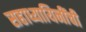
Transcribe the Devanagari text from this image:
सहाध्यायिनींची